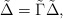
\begin{align*}\tilde \Delta=\tilde \Gamma \tilde \Delta,\end{align*}